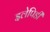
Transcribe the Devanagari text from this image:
इलेपिडी